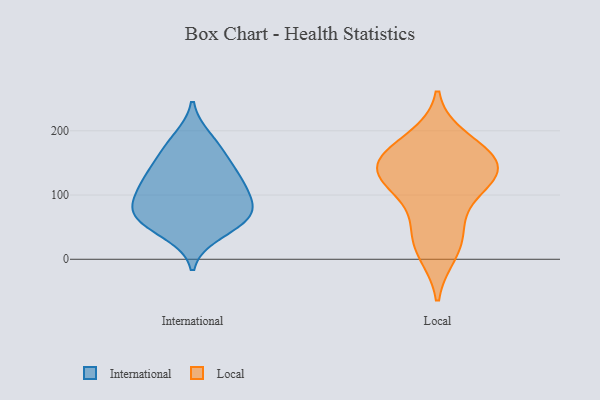
{"axis": {"x": "Demand Index", "y": "Value"}, "legend": ["International", "Local"], "data": [{"x": "", "y": 88, "type": "International"}, {"x": "", "y": 174, "type": "International"}, {"x": "", "y": 114, "type": "International"}, {"x": "", "y": 117, "type": "International"}, {"x": "", "y": 61, "type": "International"}, {"x": "", "y": 84, "type": "International"}, {"x": "", "y": 116, "type": "International"}, {"x": "", "y": 40, "type": "International"}, {"x": "", "y": 149, "type": "International"}, {"x": "", "y": 65, "type": "International"}, {"x": "", "y": 59, "type": "International"}, {"x": "", "y": 188, "type": "International"}, {"x": "", "y": 141, "type": "International"}, {"x": "", "y": 73, "type": "International"}, {"x": "", "y": 11, "type": "Local"}, {"x": "", "y": 58, "type": "Local"}, {"x": "", "y": 166, "type": "Local"}, {"x": "", "y": 118, "type": "Local"}, {"x": "", "y": 29, "type": "Local"}, {"x": "", "y": 130, "type": "Local"}, {"x": "", "y": 115, "type": "Local"}, {"x": "", "y": 155, "type": "Local"}, {"x": "", "y": 145, "type": "Local"}, {"x": "", "y": 145, "type": "Local"}, {"x": "", "y": 186, "type": "Local"}]}